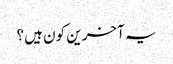
یہ آخرین کون ہیں؟